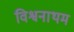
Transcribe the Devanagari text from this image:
विश्वनाथम